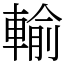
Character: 輸